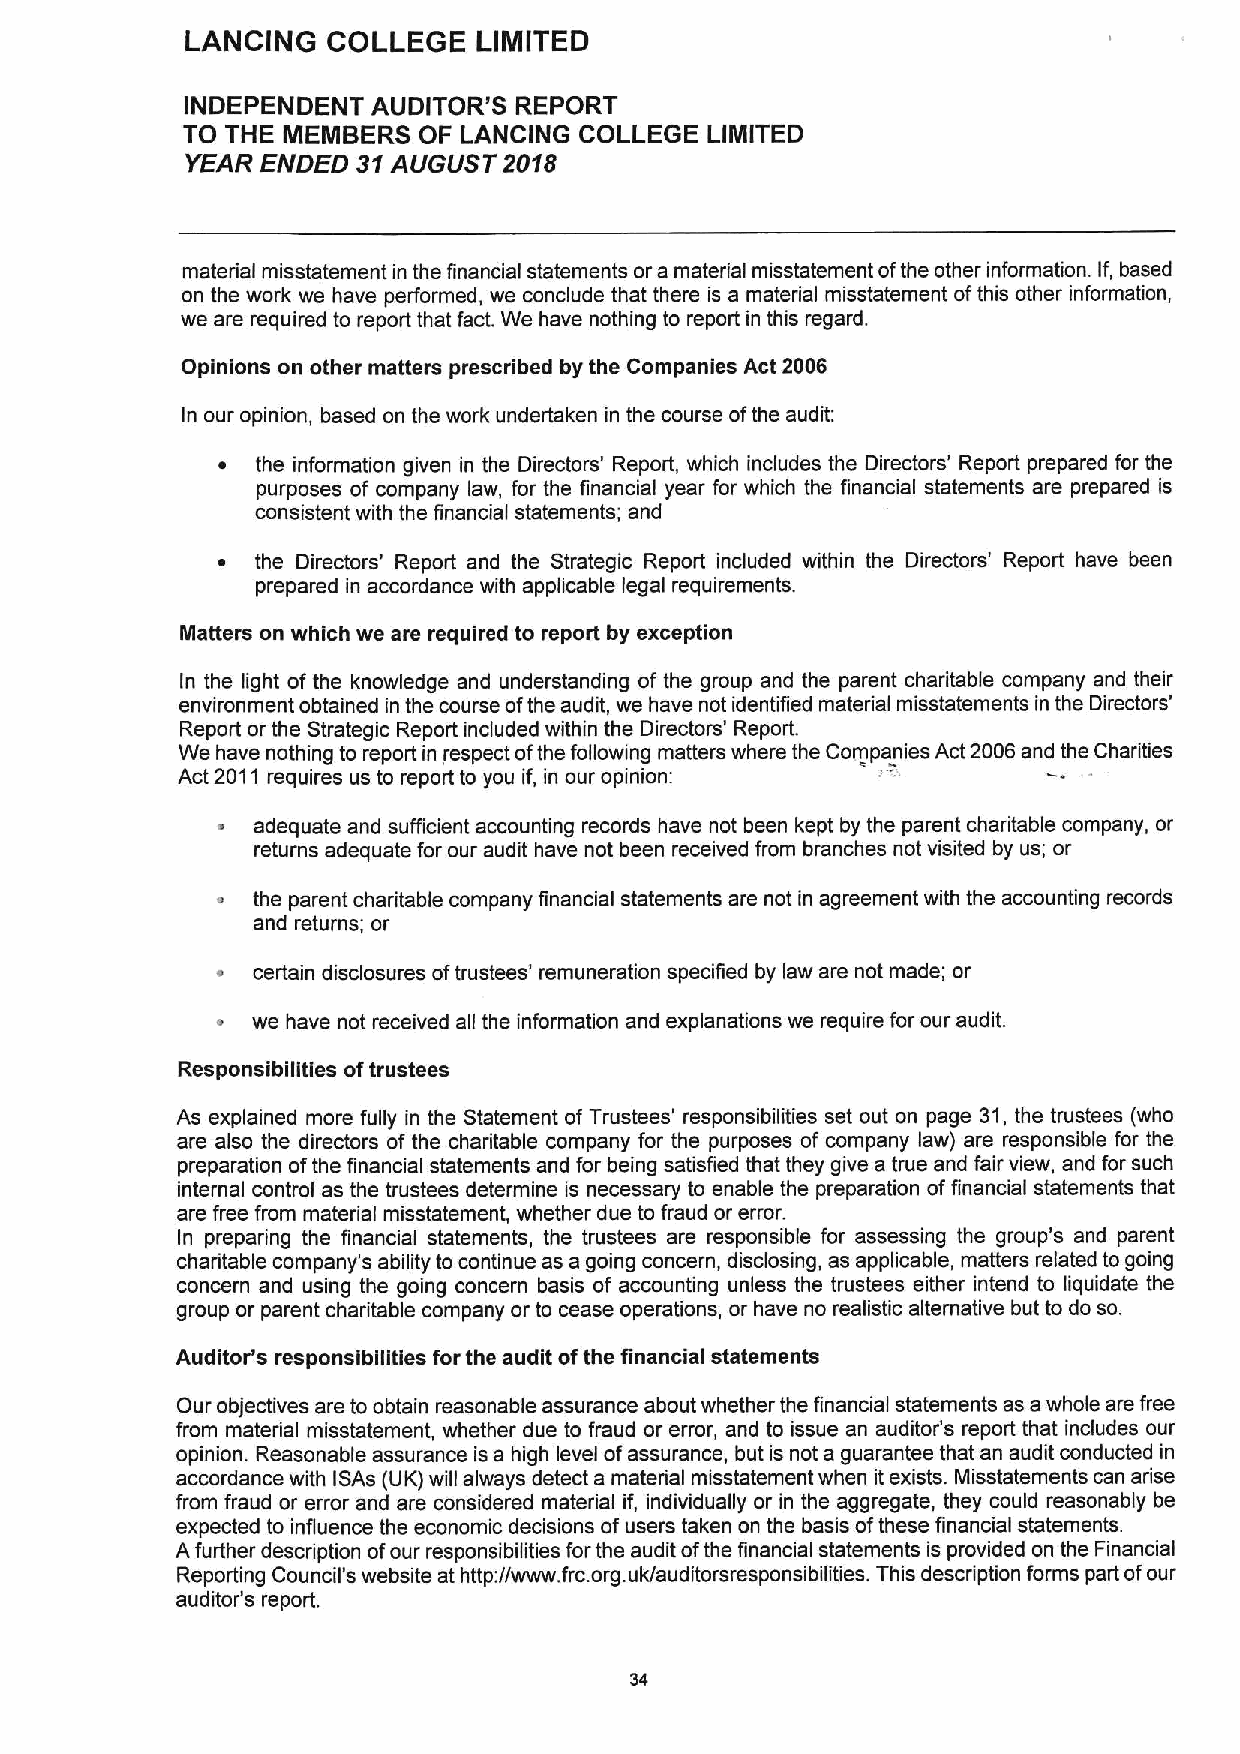
LANCING   COLLEGE   LIMITED
 INDEPENDENT  AUDITOR'S REPORT
 TO THE MEMBERS  OF LANCING COLLEGE LIMITED
 YEAR ENDED  31AUGUST 2018
 material misstatement in the financial statements ora material misstatement ofthe other information. If, based
 on the work we have performed, we conclude that there is a material misstatement ofthis other information,
 we are required to report that fact. We have nothing to report in this regard.
 Opinions on other matters prescribed by the Companies Act 2006
 In our opinion, based on the work undertaken in the course ofthe audit:
 ~  the information given in the Directors' Report, which includes the Directors' Report prepared for the
 purposes of company law, for the financial year for which the financial statements are prepared is
 consistent with the financial statements; and
 ~  the Directors' Report and the Strategic Report included within the Directors' Report have been
 prepared in accordance with applicable legal requirements.
 Matters on which we are required to report by exception
 In the light of the knowledge and understanding of the group and the parent charitable company and their
 environment obtained in the course ofthe audit, we have not identified material misstatements in the Directors'
 Report or the Strategic Report included within the Directors' Report.
 We have nothing to report in respect ofthe following matters where the Companies Act 2006and the Charities
 Act 2011 requires us to report to you if, in our opinion:
 adequate and sufficient accounting records have not been kept by the parent charitable company, or
 returns adequate for our audit have not been received from branches not visited by us; or
 the parent charitable company financial statements are not in agreement with the accounting records
 and returns; or
 ~  certain disclosures oftrustees' remuneration specified by law are not made; or
 we have not received all the information and explanations we require for our audit.
 Responsibilities oftrustees
 As explained more fully in the Statement of Trustees' responsibilities set out on page 31,the trustees (who
 are also the directors of the charitable company for the purposes of company law) are responsible for the
 preparation ofthe financial statements and for being satisfied that they give a true and fair view, and for such
 internal control as the trustees determine is necessary to enable the preparation offinancial statements that
 are free from material misstatement, whether due to fraud or error.
 In preparing the financial statements, the trustees are responsible for assessing the group's and parent
 charitable company's ability to continue as a going concern, disclosing, as applicable, matters related to going
 concern and using the going concern basis of accounting unless the trustees either intend to liquidate the
 group or parent charitable company or to cease operations, or have no realistic alternative but to do so.
 Auditor's responsibilities for the audit ofthe financial statements
 Our objectives are to obtain reasonable assurance about whether the financial statements as a whole are free
 from material misstatement, whether due to fraud or error, and to issue an auditor's report that includes our
 opinion. Reasonable assurance is a high level ofassurance, but is not a guarantee that an audit conducted in
 accordance with ISAs (UK) will always detect a material misstatement when it exists. Misstatements can arise
 from fraud or error and are considered material if, individually or in the aggregate, they could reasonably be
 expected to influence the economic decisions of users taken on the basis ofthese financial statements.
 Afurther description ofour responsibilities forthe audit ofthe financial statements is provided on the Financial
 Reporting Council's website at http://www. frc.org.uk/auditorsresponsibilities. This description forms part ofour
 auditor's report.
 34